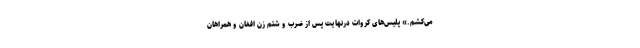
می‌کشم.» پلیس‌های کروات درنهایت پس از ضرب و شتم زن افغان و همراهان